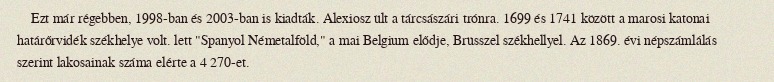
Ezt már régebben, 1998-ban és 2003-ban is kiadták. Alexiosz ült a tárcsászári trónra. 1699 és 1741 között a marosi katonai határőrvidék székhelye volt. lett "Spanyol Németalföld," a mai Belgium elődje, Brüsszel székhellyel. Az 1869. évi népszámlálás szerint lakosainak száma elérte a 4 270-et.